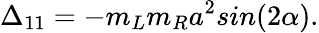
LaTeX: \Delta_{11}=-m_{L}m_{R}a^{2}sin(2\alpha).